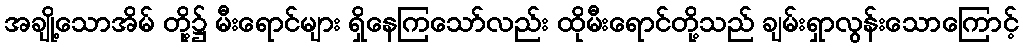
အချို့သောအိမ် တို့၌ မီးရောင်များ ရှိနေကြသော်လည်း ထိုမီးရောင်တို့သည် ချမ်းရှာလွန်းသောကြောင့်